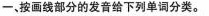
一,按画线部分的发音给下列单词分类.